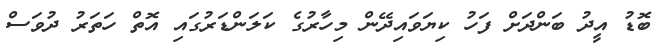
ބޮޑު އީދު ބަންދަށް ފަހު ކިޔަވައިދޭން މިހާރުގެ ކަލަންޑަރުގައި އޮތް ހަތަރު ދުވަސް